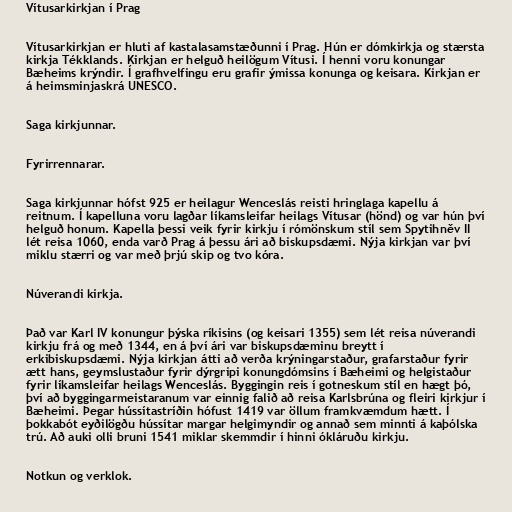
Vítusarkirkjan í Prag

Vítusarkirkjan er hluti af kastalasamstæðunni í Prag. Hún er dómkirkja og stærsta
kirkja Tékklands. Kirkjan er helguð heilögum Vítusi. Í henni voru konungar
Bæheims krýndir. Í grafhvelfingu eru grafir ýmissa konunga og keisara. Kirkjan er
á heimsminjaskrá UNESCO.

Saga kirkjunnar.

Fyrirrennarar.

Saga kirkjunnar hófst 925 er heilagur Wenceslás reisti hringlaga kapellu á
reitnum. Í kapelluna voru lagðar líkamsleifar heilags Vítusar (hönd) og var hún því
helguð honum. Kapella þessi veik fyrir kirkju í rómönskum stíl sem Spytihněv II
lét reisa 1060, enda varð Prag á þessu ári að biskupsdæmi. Nýja kirkjan var því
miklu stærri og var með þrjú skip og tvo kóra.

Núverandi kirkja.

Það var Karl IV konungur þýska ríkisins (og keisari 1355) sem lét reisa núverandi
kirkju frá og með 1344, en á því ári var biskupsdæminu breytt í
erkibiskupsdæmi. Nýja kirkjan átti að verða krýningarstaður, grafarstaður fyrir
ætt hans, geymslustaður fyrir dýrgripi konungdómsins í Bæheimi og helgistaður
fyrir líkamsleifar heilags Wenceslás. Byggingin reis í gotneskum stíl en hægt þó,
því að byggingarmeistaranum var einnig falið að reisa Karlsbrúna og fleiri kirkjur í
Bæheimi. Þegar hússítastríðin hófust 1419 var öllum framkvæmdum hætt. Í
þokkabót eyðilögðu hússítar margar helgimyndir og annað sem minnti á kaþólska
trú. Að auki olli bruni 1541 miklar skemmdir í hinni ókláruðu kirkju.

Notkun og verklok.